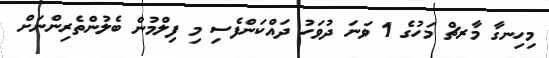
މިހިނގާ މާރޗް މަހުގެ 1 ވަނަ ދުވަހު ދައްކަންފެސި މި ފިލްމުން ބެލުންތެރިންނަށް